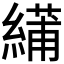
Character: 𫃾